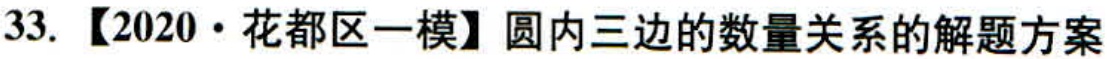
33. 【2020·花都区一模】圆内三边的数量关系的解题方案